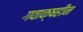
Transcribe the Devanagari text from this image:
गवाक्षहीन